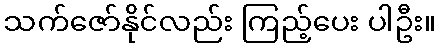
သက်ဇော်နိုင်လည်း ကြည့်ပေး ပါဦး။